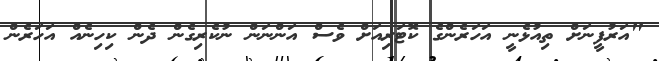
"އަރުފީނަށް ތިއުޅެނީ އަހަރެންގެ ކޮޓަރިއަށް ވެސް އަންނަން ނުކެރިގެން ދެން ކިހިނެއް އަހަރެން